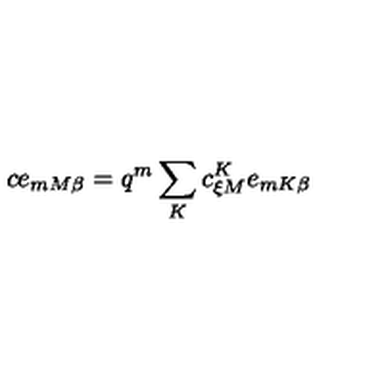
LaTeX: c e _ { m M \beta } = q ^ { m } \sum _ { K } c _ { \xi M } ^ { K } e _ { m K \beta }